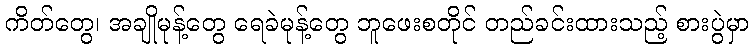
ကိတ်တွေ၊ အချိုမုန့်တွေ ရေခဲမုန့်တွေ ဘူဖေးစတိုင် တည်ခင်းထားသည့် စားပွဲမှာ